Rangoon Lunatic Asylum 1878-1892 - 1878-1892
Year: 1878
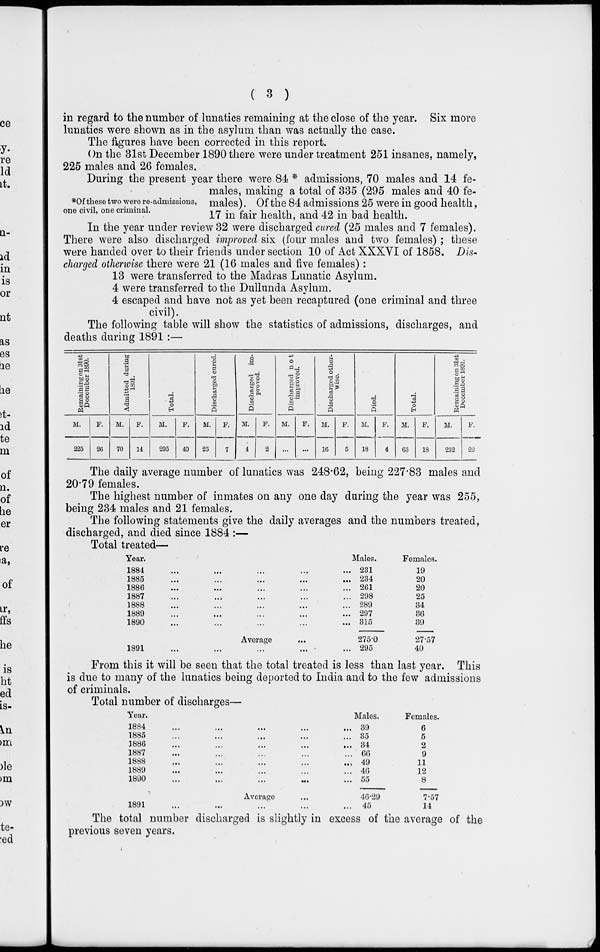
( 3 )
in regard to the number of lunatics remaining at the close of the year. Six more
lunatics were shown as in the asylum than was actually the case.
The figures have been corrected in this report.
On the 31st December 1890 there were under treatment 251 insanes, namely,
225 males and 26 females.
*Of these two were re-admissions,
one civil, one criminal.
During the present year there were 84 * admissions, 70 males and 14 fe-
males, making a total of 335 (295 males and 40 fe-
males). Of the 84 admissions 25 were in good health,
17 in fair health, and 42 in bad health.
In the year under review 32 were discharged cured (25 males and 7 females).
There were also discharged improved six (four males and two females) ; these
were handed over to their friends under section 10 of Act XXXVI of 1858. Dis-
charged otherwise there were 21 (16 males and five females) :
13 were transferred to the Madras Lunatic Asylum.
4 were transferred to the Dullunda Asylum.
4 escaped and have not as yet been recaptured (one criminal and three
civil).
The following table will show the statistics of admissions, discharges, and
deaths during 1891 :—
Remaining on 31st
December 1890.
M.
225
F.
26
Admitted during
1891.
M.
70
F.
14
Total.
M.
295
F.
40
Discharged cured.
M.
25
F.
7
Discharged im-
proved.
M.
4
F.
2
Discharged not
improved.
M.
...
F.
...
Discharged other-
wise.
M.
16
F.
5
Died.
M.
18
F.
4
Total.
M.
63
F.
18
Remaining on 31st
December 1891.
M.
232
F.
22
The daily average number of lunatics was 248.62, being 227.83 males and
20.79 females.
The highest number of inmates on any one day during the year was 255,
being 234 males and 21 females.
The following statements give the daily averages and the numbers treated,
discharged, and died since 1884 :—
Total treated—
Year.
1884 ... ... ... ... ...
1885
...
...
...
...
...
1886 ... ... ... ... ...
1887 ... ... ... ... ...
1888 ... ... ... ... ...
1889 ... ... ... ... ...
1890 ... ... ... ... ...
Average ...
1891
...
...
...
...
...
Males.
231
234
261
298
289
297
315
275.0
295
Females.
19
20
20
25
34
36
39
27.57
40
From this it will be seen that the total treated is less than last year. This
is due to many of the lunatics being deported to India and to the few admissions
of criminals.
Total number of discharges—
Year.
1884 ... ... ... ... ...
1885 ... ... ... ... ...
1886 ... ... ... ... ...
1887 ... ... ... ... ...
1888
...
...
...
...
...
1889 ... ... ... ... ...
1890 ... ... ... ... ...
Average ...
1891 ... ... ... ... ...
Males.
39
35
34
66
49
46
55
46.29
45
Females.
6
5
2
9
11
12
8
7.57
14
The total number discharged is slightly in excess of the average of the
previous seven years.